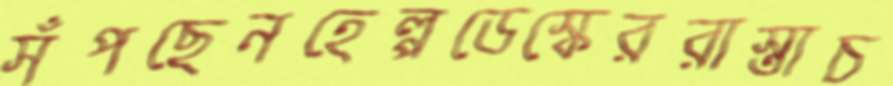
সঁপছেনহেল্পডেস্কেররাস্তাচ